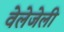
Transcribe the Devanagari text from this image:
वेलेजेली